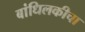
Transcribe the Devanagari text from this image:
बांधिलकीचा